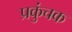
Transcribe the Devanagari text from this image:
प्रकुंचक